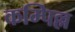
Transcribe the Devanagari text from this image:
कम्पिल्ल